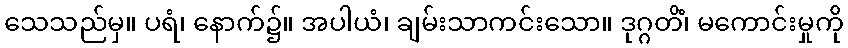
သေသည်မှ။ ပရံ၊ နောက်၌။ အပါယံ၊ ချမ်းသာကင်းသော။ ဒုဂ္ဂတိံ၊ မကောင်းမှုကို